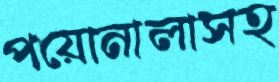
পয়োনালাসহ